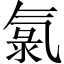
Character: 氯